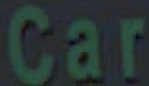
Car